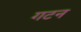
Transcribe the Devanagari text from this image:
गटन